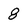
Character: 8